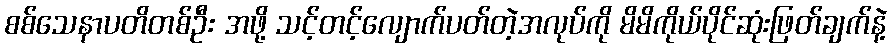
စစ်သေနာပတိတစ်ဦး အဖို့ သင့်တင့်လျောက်ပတ်တဲ့အလုပ်ကို မိမိကိုယ်ပိုင်ဆုံးဖြတ်ချက်နဲ့